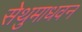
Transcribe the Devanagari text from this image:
सेथुमाधवन